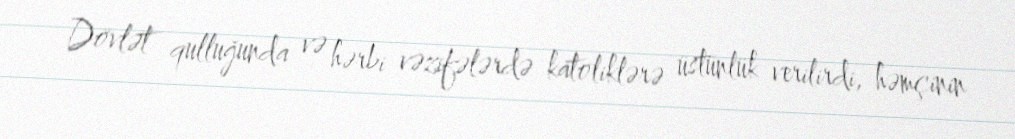
Dövlət qulluğunda və hərbi vəzifələrdə katoliklərə üstünlük verilirdi, həmçinin